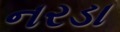
નરડા